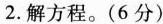
2.解方程。(6分)